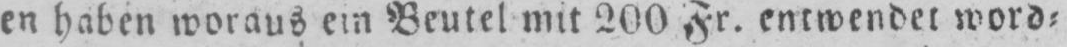
en haben woraus ein Beutel mit 200 Fr. entwendet word⸗